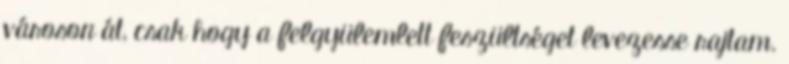
városon át, csak hogy a felgyülemlett feszültséget levezesse rajtam.